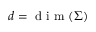
d = \mathrm { ~ d ~ i ~ m ~ } ( \Sigma )